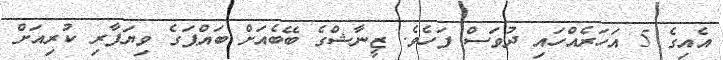
އެއިގެ 5 އަހަރެއްހައި ދުވަސް ފަހެވެ. ޒީނާޝްގެ ބޭބެއަށް ބައްޕަގެ ވިޔަފާރި ކުރިއަށް